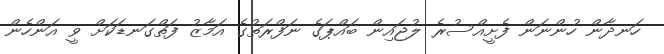
ހަނދާން ހުންނަން ފެށީއްސުރެ ލުޖައިން ބައްޕަގެ ނަފްރަތުގެ އަމާޒު ފަތްގަނޑަކަށް ވީ އަންހެން